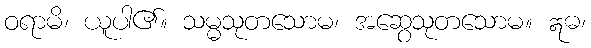
ဝရာမိ၊ ယူပါ၏။ သမ္မသုတသောမ၊ အဆွေသုတသောမ။ ဣဓ၊